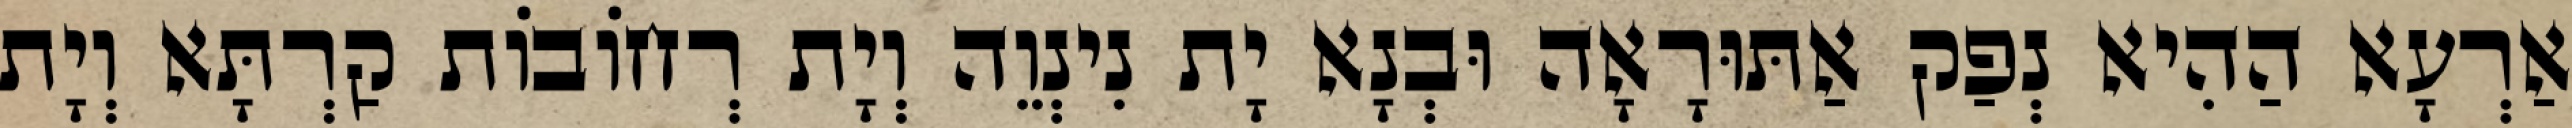
אַרְעָא הַהִיא נְפַק אַתּוּרָאָה וּבְנָא יָת נִינְוֵה וְיָת רְחוֹבוֹת קַרְתָּא וְיָת